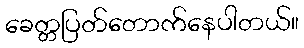
ခေတ္တပြတ်တောက်နေပါတယ်။